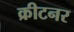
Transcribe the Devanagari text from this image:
क्रीटनर